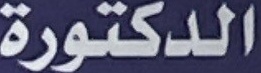
الدكتورة